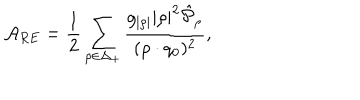
LaTeX: { \cal A } _ { R E } = { \frac { 1 } { 2 } } \sum _ { \rho \in \Delta _ { + } } { \frac { g _ { | \rho | } | \rho | ^ { 2 } \hat { \cal P } _ { \rho } } { ( \rho \cdot q _ { 0 } ) ^ { 2 } } } ,